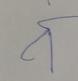
Signature authenticity: forged